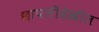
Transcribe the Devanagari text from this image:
छापलीदेखील